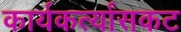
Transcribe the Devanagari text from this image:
कार्यकर्त्यांसकट